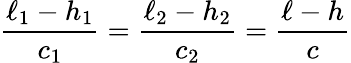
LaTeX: \frac{\ell_{1}-h_{1}}{c_{1}}=\frac{\ell_{2}-h_{2}}{c_{2}}=\frac{\ell-h}{c}